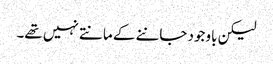
لیکن باوجود جاننے کے مانتے نہیں تھے۔